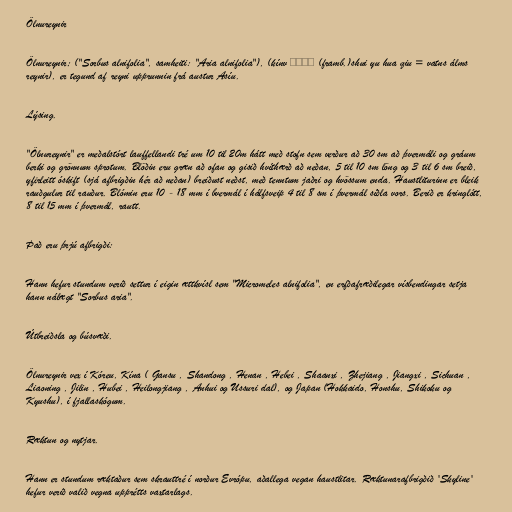
Ölnureynir

Ölnureynir; ("Sorbus alnifolia", samheiti: "Aria alnifolia"), (kínv 水榆花楸 (framb.)shui yu hua qiu = vatns álms
reynir), er tegund af reyni upprunnin frá austur Asíu.

Lýsing.

"Ölnureynir" er meðalstórt lauffellandi tré um 10 til 20m hátt með stofn sem verður að 30 sm að þvermáli og gráum
berki og grönnum sprotum. Blöðin eru græn að ofan og gisið hvíthærð að neðan, 5 til 10 sm löng og 3 til 6 sm breið,
yfirleitt óskift (sjá afbrigðin hér að neðan) breiðust neðst, með tenntum jaðri og hvössum enda. Haustliturinn er bleik
rauðgulur til rauður. Blómin eru 10 - 18 mm í bvermál í hálfsveip 4 til 8 sm í þvermál síðla vors. Berið er kringlótt,
8 til 15 mm í þvermál, rautt.

Það eru þrjú afbrigði:

Hann hefur stundum verið settur í eigin ættkvísl sem "Micromeles alnifolia", en erfðafræðilegar vísbendingar setja
hann nálægt "Sorbus aria".

Útbreiðsla og búsvæði.

Ölnureynir vex í Kóreu, Kína ( Gansu , Shandong , Henan , Hebei , Shaanxi , Zhejiang , Jiangxi , Sichuan ,
Liaoning , Jilin , Hubei , Heilongjiang , Anhui og Ussuri dal), og Japan (Hokkaido, Honshu, Shikoku og
Kyushu), í fjallaskógum.

Ræktun og nytjar.

Hann er stundum ræktaður sem skrauttré í norður Evrópu, aðallega vegan haustlitar. Ræktunarafbrigðið 'Skyline'
hefur verið valið vegna upprétts vaxtarlags.